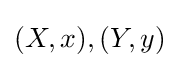
(X,x),(Y,y)